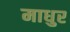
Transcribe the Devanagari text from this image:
माधुर